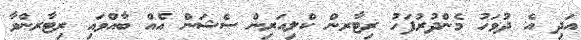
އަދި އެ ދުވަހު މެންދުރުފަހު ރިޓާރން ކްލިއަރިން ސެޝަން އެއް ބާއްވައި ރިޓާރންވާ